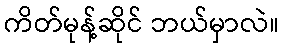
ကိတ်မုန့်ဆိုင် ဘယ်မှာလဲ။